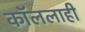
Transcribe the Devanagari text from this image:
कॉललाही